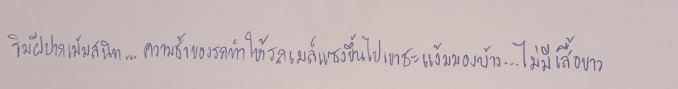
ริมฝีปากเม้มสนิท...ความช้าของรถทำให้รถเมล์แซงขึ้นไปเขาชะแง้มมองบ้าง...ไม่มีเสื้อขาว